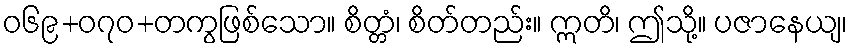
ဝ၆၉+၀၇ဝ+တကွဖြစ်သော။ စိတ္တံ၊ စိတ်တည်း။ ဣတိ၊ ဤသို့။ ပဇာနေယျ၊